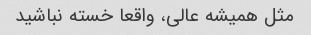
مثل همیشه عالی، واقعا خسته نباشید